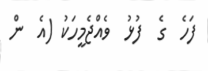
ފަހެ  ގެ  ފުޅު  ވެއްޖެމީހަކު (އެ  ން